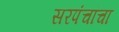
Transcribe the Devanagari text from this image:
सरपंचांचा